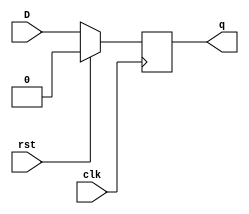
/////////////////////////////////////////////////////////////////////////////////
//                                                                             //
// Module Name:    DFF_Behavioral                                              //
// Description:    Behavioral Model of D Flip Flop                             //
//                                                                             //
/////////////////////////////////////////////////////////////////////////////////
`timescale 1ns / 10ps
module DFF(D,rst,clk,q);
  input D,rst,clk;
  output q;
  reg q;
  
  always @(posedge clk) begin
    if(rst==1) begin
      q<=0;
    end
    else begin
      q<=D;
    end
  end
endmodule